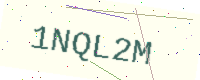
Text: 1NQL2M